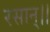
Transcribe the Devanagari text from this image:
रसान्।।